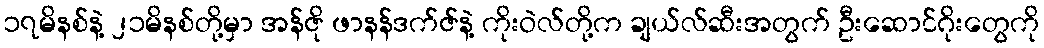
၁၇မိနစ်နဲ့ ၂၁မိနစ်တို့မှာ အန်ဇို ဖာနန်ဒက်ဇ်နဲ့ ကိုးဝဲလ်တို့က ချယ်လ်ဆီးအတွက် ဦးဆောင်ဂိုးတွေကို